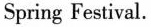
Spring Festival.